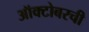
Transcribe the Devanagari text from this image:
ऑक्टोबरची